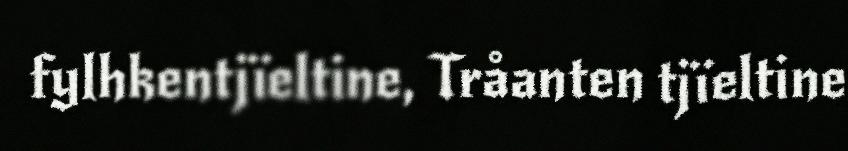
fylhkentjïeltine, Tråanten tjïeltine